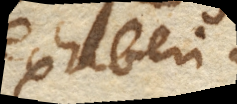
exhiberi.